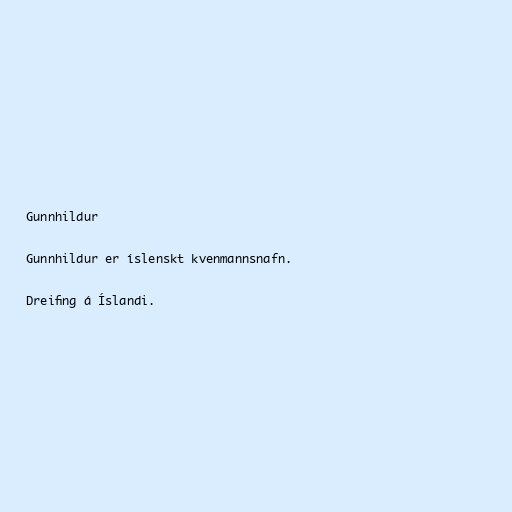
Gunnhildur

Gunnhildur er íslenskt kvenmannsnafn.

Dreifing á Íslandi.